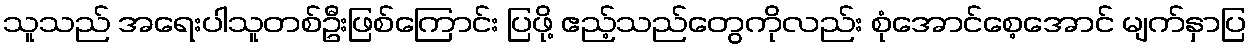
သူသည် အရေးပါသူတစ်ဦးဖြစ်ကြောင်း ပြဖို့ ဧည့်သည်တွေကိုလည်း စုံအောင်စေ့အောင် မျက်နှာပြ